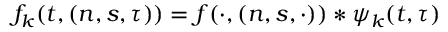
f _ { k } ( t , ( n , s , \tau ) ) = f ( \cdot , ( n , s , \cdot ) ) * \psi _ { k } ( t , \tau )